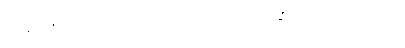
ပြင်ပမှာ အဲဒီလောက်အထိ ပူရင်တောင် အထဲက လူတွေအတွက် အန္တ္တရာယ်ဖြစ်လောက်တဲ့ အပူချိန်